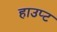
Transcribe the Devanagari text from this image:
हाउप्ट